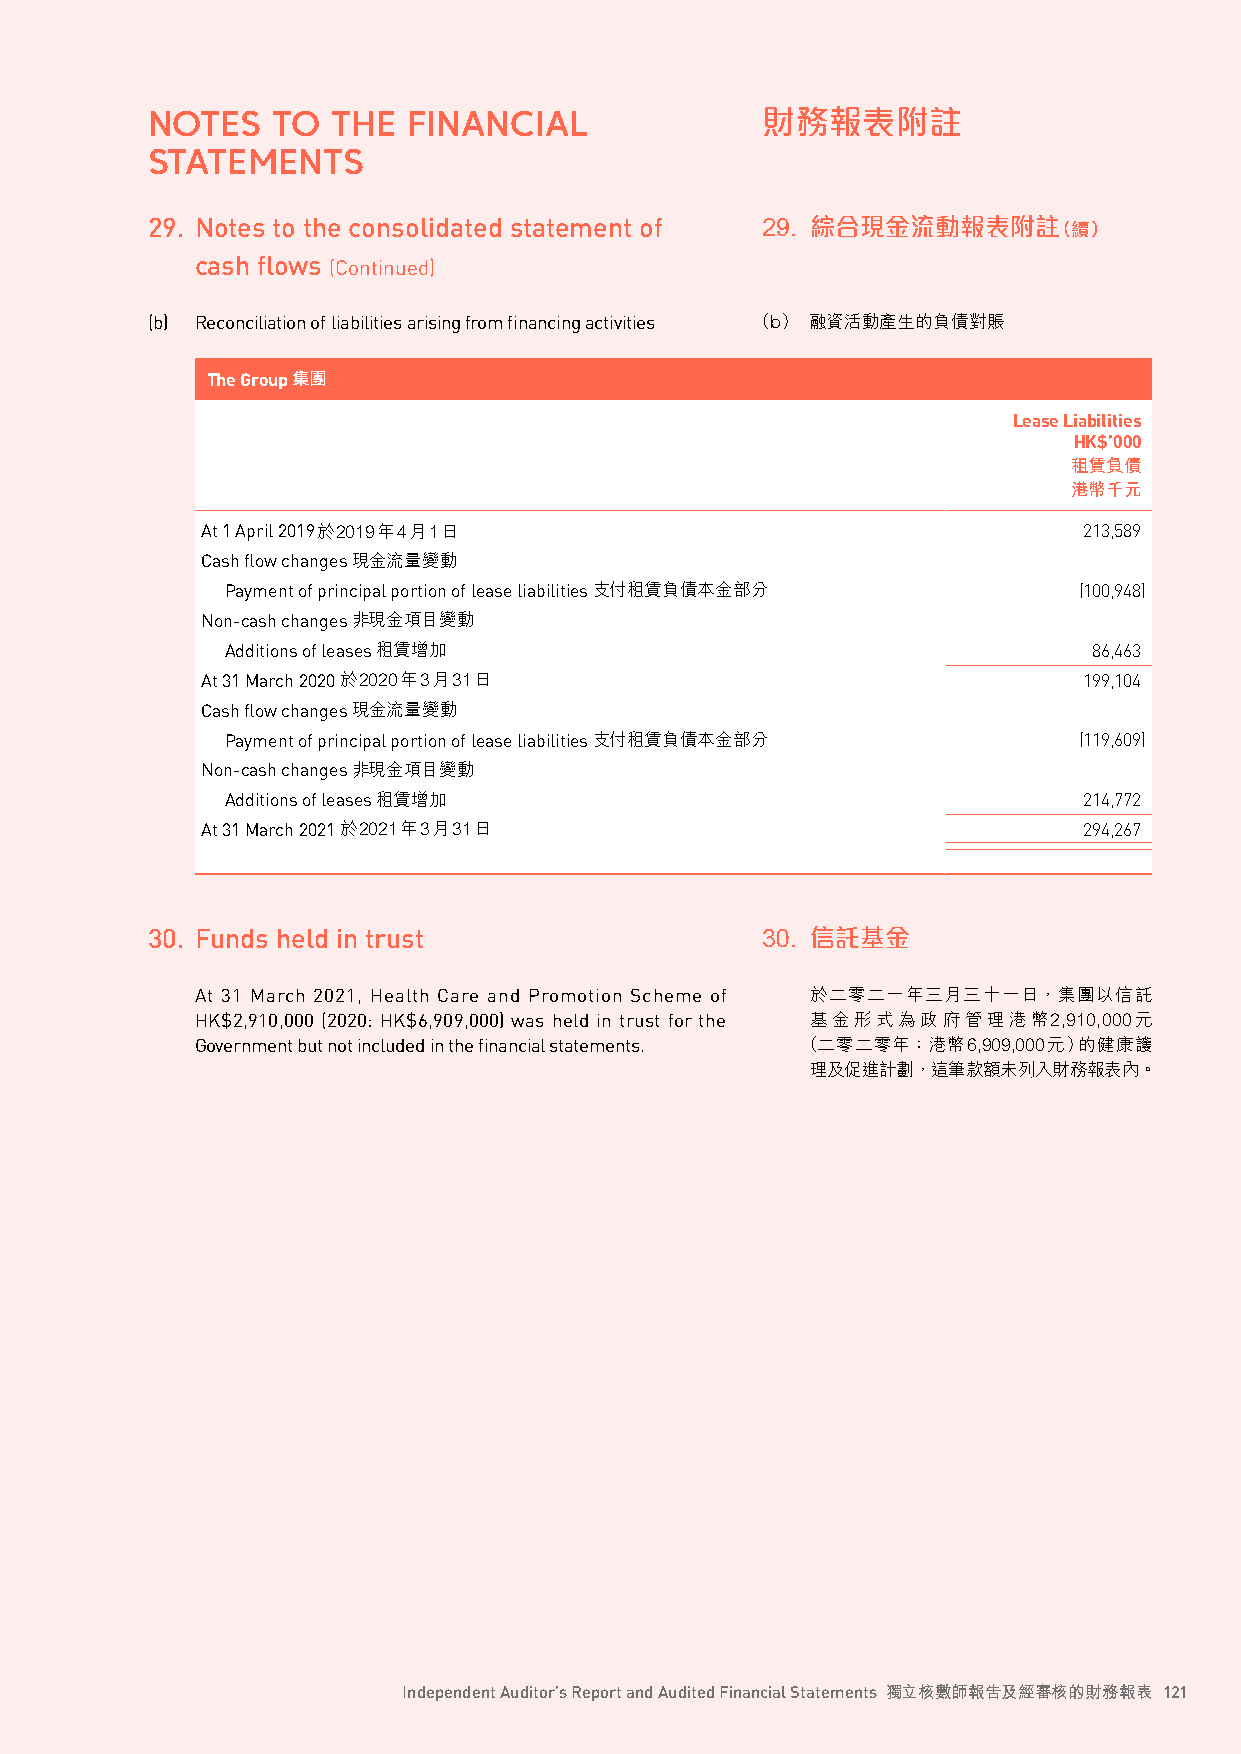
NOTES   TO  THE  FINANCIAL              財務報表附註
 STATEMENTS
 29. Notes to the consolidated statement of 29. 綜合現金流動報表附註（續）
 cash flows (Continued)
 (b) Reconciliation of liabilities arising from financing activities （b） 融資活動產生的負債對賬
 The Group 集團
 Lease Liabilities
 HK$’000
 租賃負債
 港幣千元
 At 1 April 2019於2019年4月1日                                  213,589
 Cash flow changes現金流量變動
 Payment of principal portion of lease liabilities 支付租賃負債本金部分 (100,948)
 Non-cash changes非現金項目變動
 Additions of leases租賃增加                                  86,463
 At 31 March 2020 於2020年3月31日                               199,104
 Cash flow changes現金流量變動
 Payment of principal portion of lease liabilities 支付租賃負債本金部分 (119,609)
 Non-cash changes非現金項目變動
 Additions of leases租賃增加                                  214,772
 At 31 March 2021 於2021年3月31日                               294,267
 30. Funds held in trust                 30. 信託基金
 At 31 March 2021, Health Care and Promotion Scheme of 於二零二一年三月三十一日，集團以信託
 HK$2,910,000 (2020: HK$6,909,000) was held in trust for the 基金形式為政府管理港幣2,910,000元
 Government but not included in the financial statements. （二零二零年：港幣6,909,000元）的健康護
 理及促進計劃，這筆款額未列入財務報表內。
 Independent Auditor’s Report and Audited Financial Statements 獨立核數師報告及經審核的財務報表 121